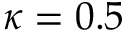
\kappa = 0 . 5